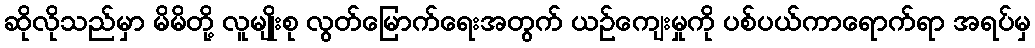
ဆိုလိုသည်မှာ မိမိတို့ လူမျိုးစု လွတ်မြောက်ရေးအတွက် ယဉ်ကျေးမှုကို ပစ်ပယ်ကာရောက်ရာ အရပ်မှ